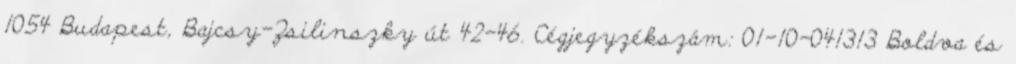
1054 Budapest, Bajcsy-Zsilinszky út 42-46. Cégjegyzékszám: 01-10-041313 Boldva és